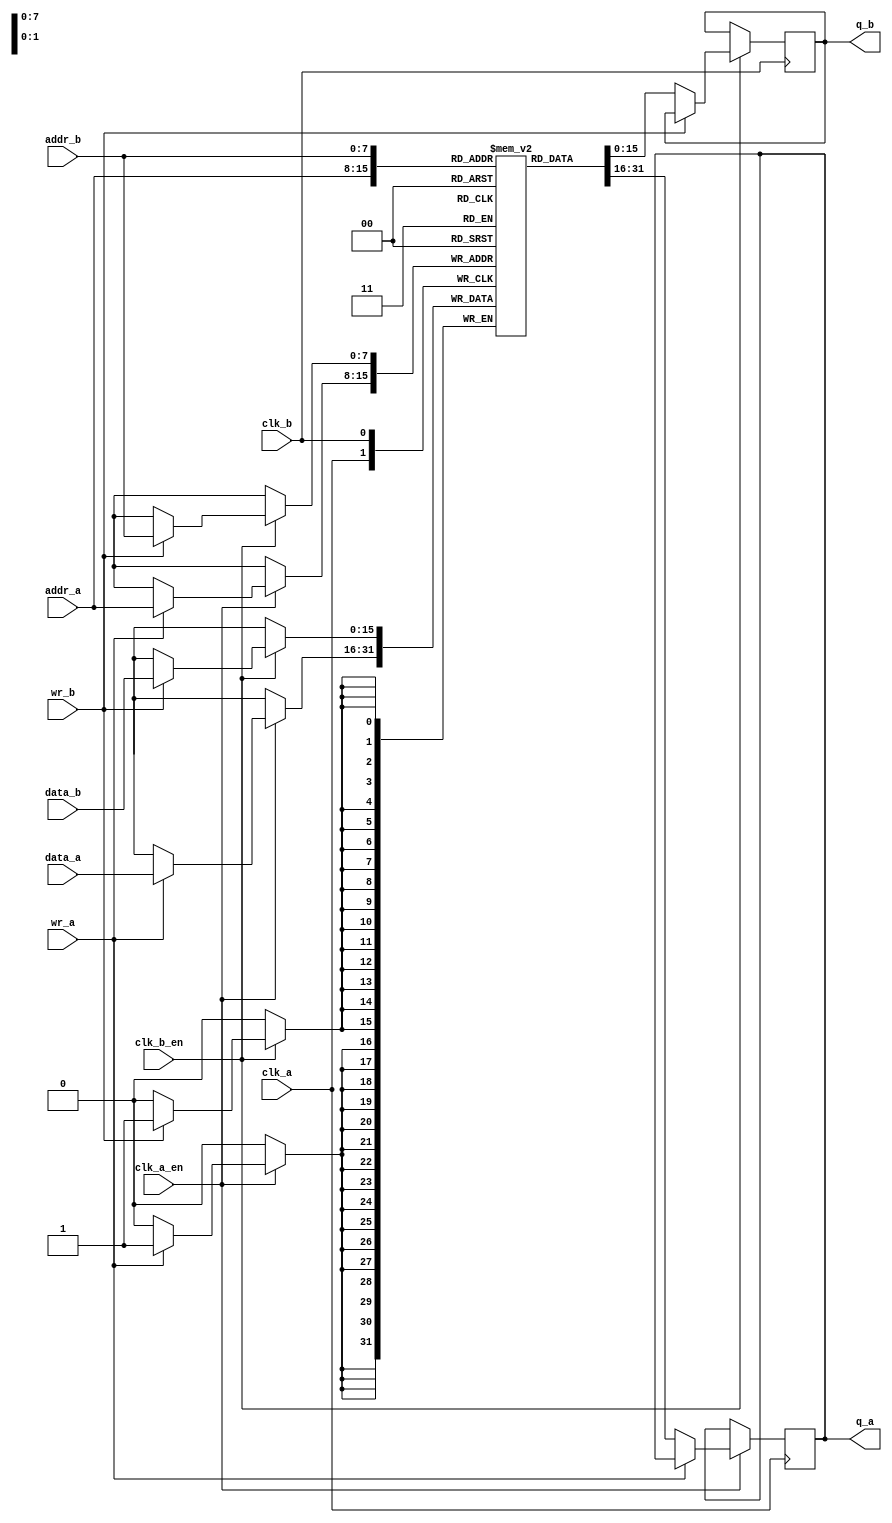
module memory_block (
    input wire clk_a,          // Clock A
    input wire clk_b,          // Clock B
    input wire clk_a_en,       // Clock A enable signal
    input wire clk_b_en,       // Clock B enable signal
    input wire [7:0] addr_a,   // Address input for Clock A
    input wire [7:0] addr_b,   // Address input for Clock B
    input wire [15:0] data_a,   // Data input for Clock A (write)
    input wire [15:0] data_b,   // Data input for Clock B (write)
    input wire wr_a,           // Write enable for Clock A
    input wire wr_b,           // Write enable for Clock B
    output reg [15:0] q_a,     // Data output for Clock A (read)
    output reg [15:0] q_b      // Data output for Clock B (read)
);

    // Memory array
    reg [15:0] mem [0:255];  // 256 x 16-bit memory

    // Clock domain A
    always @(posedge clk_a) begin
        if (clk_a_en) begin
            if (wr_a)
                mem[addr_a] <= data_a; // Write operation
            else
                q_a <= mem[addr_a];    // Read operation
        end
    end

    // Clock domain B
    always @(posedge clk_b) begin
        if (clk_b_en) begin
            if (wr_b)
                mem[addr_b] <= data_b; // Write operation
            else
                q_b <= mem[addr_b];    // Read operation
        end
    end

    // Clock Gating Logic (Combinational)
    reg enable_a, enable_b;

    always @(*) begin
        // Simplified gating logic for demonstration
        enable_a = clk_a_en && (wr_a || (addr_a != 8'b0)); // Enable clk A if write or non-zero address
        enable_b = clk_b_en && (wr_b || (addr_b != 8'b0)); // Enable clk B if write or non-zero address
    end

    // Synchronization for cross-domain data transfer
    reg [15:0] sync_data_a, sync_data_b;

    // Synchronize Clock A data to Clock B domain
    always @(posedge clk_b) begin
        sync_data_a <= q_a; // Synchronizing data from domain A to domain B
    end

    // Synchronize Clock B data to Clock A domain
    always @(posedge clk_a) begin
        sync_data_b <= q_b; // Synchronizing data from domain B to domain A
    end

endmodule